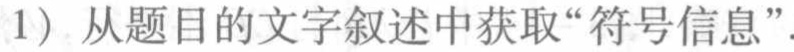
1) 从题目的文字叙述中获取“符号信息”.